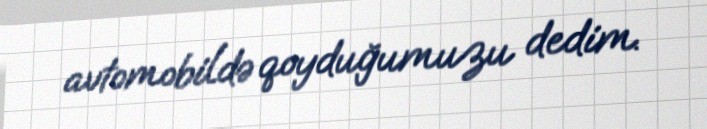
avtomobildə qoyduğumuzu dedim.